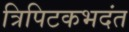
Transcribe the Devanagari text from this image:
त्रिपिटकभदंत